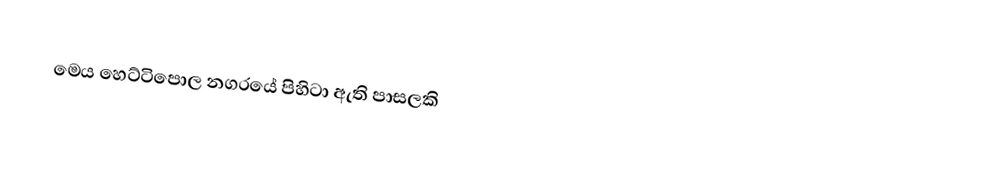
මෙය හෙට්ටිපොල නගරයේ පිහිටා ඇති පාසලකි